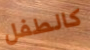
كالطفل